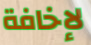
لإخافة